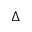
\Delta